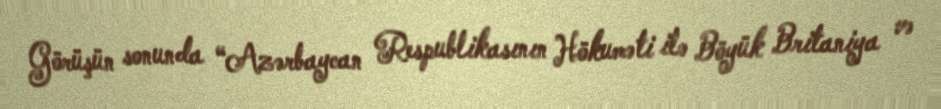
Görüşün sonunda “Azərbaycan Respublikasının Hökuməti ilə Böyük Britaniya və